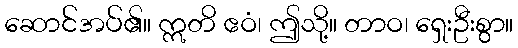
ဆောင်အပ်၏။ ဣတိ ဧဝံ၊ ဤသို့။ တာဝ၊ ရှေးဦးစွာ။